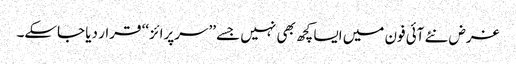
غرض نئے آئی فون میں ایسا کچھ بھی نہیں جسے ’’سرپرائز‘‘ قرار دیا جاسکے۔